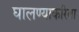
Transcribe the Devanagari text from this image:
घालण्याकरिता